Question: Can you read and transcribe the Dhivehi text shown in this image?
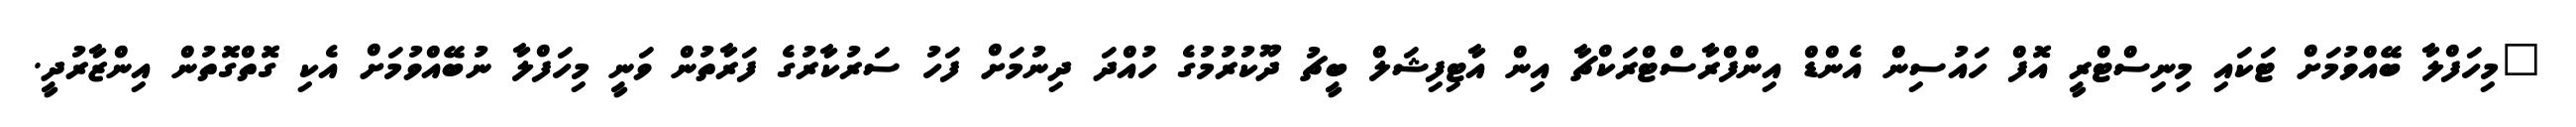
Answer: "މިހަފްލާ ބޭއްވުމަށް ޓަކައި މިނިސްޓްރީ އޮފް ހައުސިން އެންޑް އިންފްރާސްޓްރަކްޗާ އިން އާޓިފިޝަލް ބީޗު ދޫކުރުމުގެ ހުއްދަ ދިނުމަށް ފަހު ސަރުކާރުގެ ފަރާތުން ވަނީ މިހަފްލާ ނުބޭއްވުމަށް އެކި ގޮތްގޮތުން އިންޒާރުދީ.